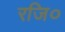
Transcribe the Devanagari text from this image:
रजि०